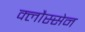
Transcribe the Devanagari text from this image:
क्लौस्सेन